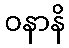
ဝနာနိ